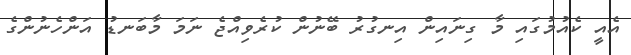
އެއީ ކެއުމުގައި މާ ގިނައިން އިނގުރު ބޭނުން ކުރެވިއްޖެ ނަމަ މާބަނޑު އަންހެނުންގެ